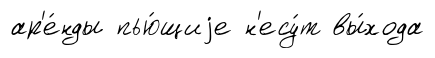
ар'е́нды пью́щиjе н'есу́т вы́хода